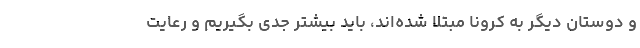
و دوستان دیگر به کرونا مبتلا شده‌اند، باید بیشتر جدی بگیریم و رعایت